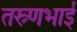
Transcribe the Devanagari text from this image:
तस्र्णभाई